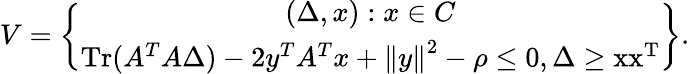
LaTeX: V=\left\{ {\begin{array}{c}{(\Delta,x):x\in C\mathrm{{}}}\\ {\operatorname{Tr}(A^{T}A\Delta)-2y^{T}A^{T}x+\left\| y\right\| ^{2}-\rho\leq 0,\mathrm{{{}\Delta\geq xx^{T}}}}\end{array}}\right\} .